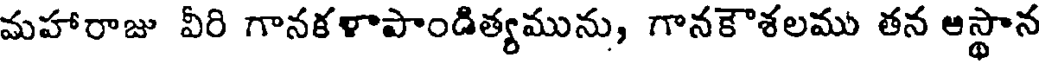
మహారాజు వీరి గానకళాపాండిత్యమును, గానకౌశలము తన ఆస్థాన